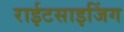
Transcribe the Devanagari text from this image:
राईटसाइजिंग